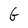
Character: G